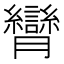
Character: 𦣏